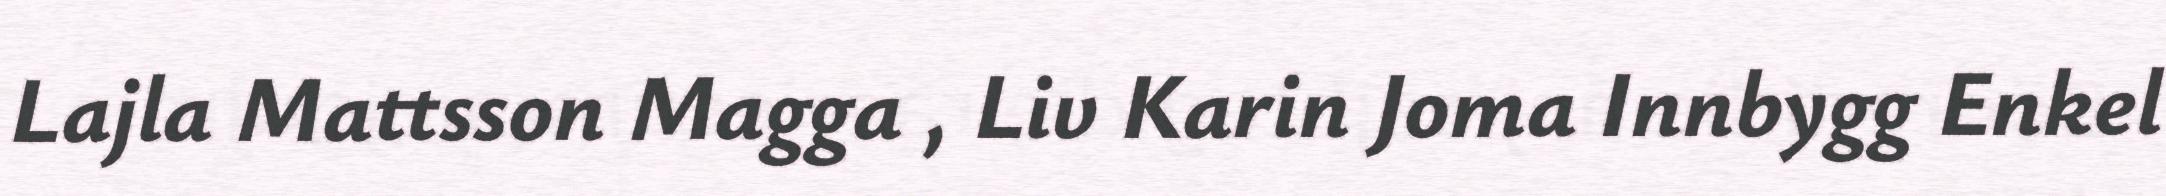
Lajla Mattsson Magga , Liv Karin Joma Innbygg Enkel